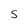
Character: S